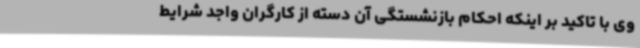
وی با تاکید بر اینکه احکام بازنشستگی آن دسته از کارگران واجد شرایط